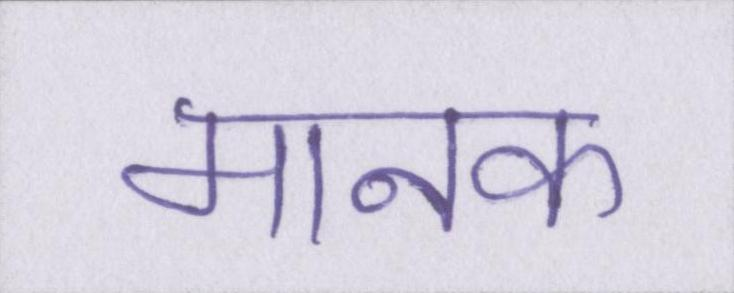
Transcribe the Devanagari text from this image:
मानक